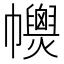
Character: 𢅽